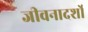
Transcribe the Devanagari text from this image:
जीवनादर्शों